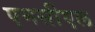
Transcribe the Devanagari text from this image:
एमसीएल